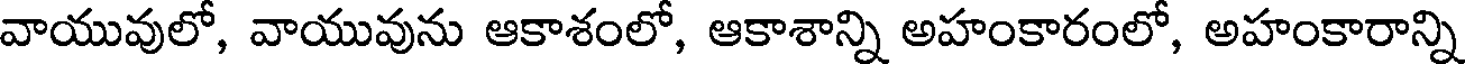
వాయువులో, వాయువును ఆకాశంలో, ఆకాశాన్ని అహంకారంలో, అహంకారాన్ని